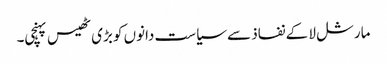
مارشل لا کے نفاذ سے سیاست دانوں کو بڑی ٹھیس پہنچی۔